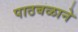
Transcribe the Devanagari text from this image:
पाठबळाने